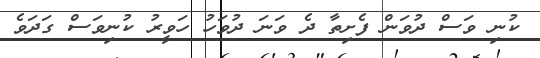
ކުނި ވަސް ދުވަން ފެށިތާ ދެ ވަނަ ދުވަހު ހަވީރު ކުނިވަސް ގަދަވެ